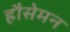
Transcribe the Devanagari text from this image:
हौसेमन